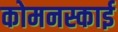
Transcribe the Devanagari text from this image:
कोमनस्काई